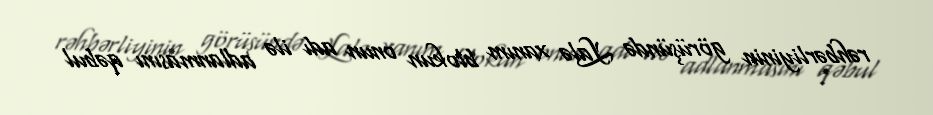
rəhbərliyinin görüşündə Lalə xanım blokun onun adı ilə adlanmasını qəbul